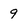
Character: 9